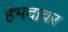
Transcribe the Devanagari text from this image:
हैभदावर